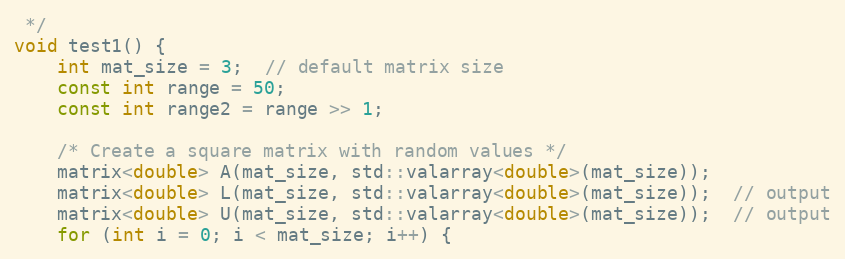
Language: C++
 */
void test1() {
    int mat_size = 3;  // default matrix size
    const int range = 50;
    const int range2 = range >> 1;

    /* Create a square matrix with random values */
    matrix<double> A(mat_size, std::valarray<double>(mat_size));
    matrix<double> L(mat_size, std::valarray<double>(mat_size));  // output
    matrix<double> U(mat_size, std::valarray<double>(mat_size));  // output
    for (int i = 0; i < mat_size; i++) {